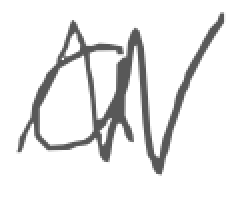
Text: a
Cross-out: zig-zag
Writing tool: digital_gray